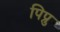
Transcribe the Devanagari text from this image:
पिप्रु